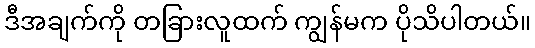
ဒီအချက်ကို တခြားလူထက် ကျွန်မက ပိုသိပါတယ်။